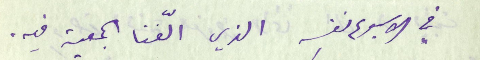
في الاسبوع نفسِه الذي الّفنا الجمعية فيه.